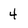
Character: 4